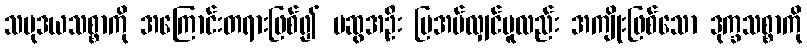
သမုဒယသစ္စာကို အကြောင်းတရားဖြစ်၍ မဆွအဦး ပြအပ်လျှင်မူလည်း အကျိုးဖြစ်သော ဒုက္ခသစ္စာကို